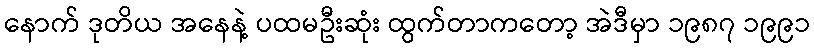
နောက် ဒုတိယ အနေနဲ့ ပထမဦးဆုံး ထွက်တာကတော့ အဲဒီမှာ ၁၉၈၇ ၁၉၉၁